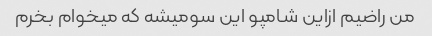
من راضیم ازاین شامپو این سومیشه که میخوام بخرم